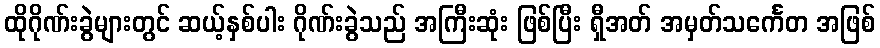
ထိုဂိုဏ်းခွဲများတွင် ဆယ့်နှစ်ပါး ဂိုဏ်းခွဲသည် အကြီးဆုံး ဖြစ်ပြီး ရှီအတ် အမှတ်သင်္ကေတ အဖြစ်